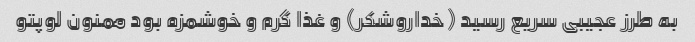
به طرز عجیبی سریع رسید (خداروشکر) و غذا گرم و خوشمزه بود ممنون لوپتو